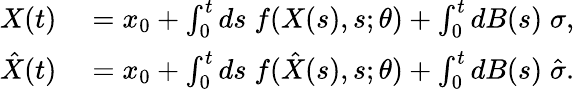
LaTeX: \begin{array}{rl}{X(t)}&{{}=x_{0}+\int_{0}^{t}ds\; f(X(s),s;\theta)+\int_{0}^{t}dB(s)\; \sigma,}\\ {\hat{X}(t)}&{{}=x_{0}+\int_{0}^{t}ds\; f(\hat{X}(s),s;\theta)+\int_{0}^{t}dB(s)\; \hat{\sigma}.}\end{array}